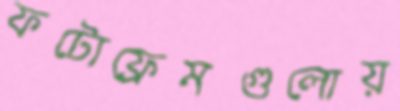
ফটোফ্রেমগুলোয়